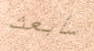
سأبعث